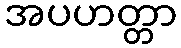
အပဟတ္တာ